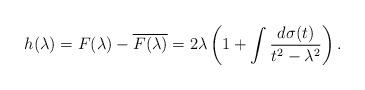
LaTeX: \begin{align*}h(\lambda) =F(\lambda)-\overline{F(\lambda)} = 2\lambda \left( 1 + \int\frac{d\sigma(t)}{t^2-\lambda^2} \right) .\end{align*}